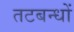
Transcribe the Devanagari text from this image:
तटबन्धों